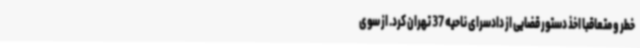
خطر و متعاقباً اخذ دستور قضایی از دادسرای ناحیه 37 تهران کرد. از سوی